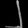
Digit: ၂